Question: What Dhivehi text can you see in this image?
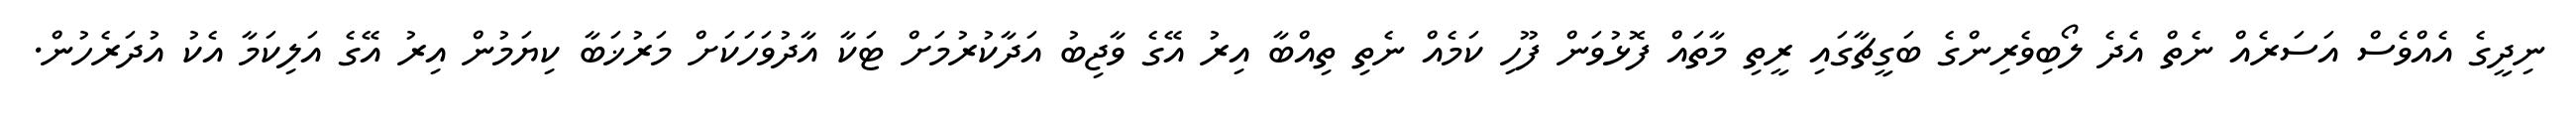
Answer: ނިދީގެ އެއްވެސް އަސަރެއް ނެތް އެދެ ލޯބިވެރިންގެ ބަގީޗާގައި ރީތި މާތައް ފޮޅުވަން ފޫހި ކަމެއް ނެތި ތިއްބާ އިރު އޭގެ ވާޖިބު އަދާކުރުމަށް ޓަކާ އާދުވަހަކަށް މަރުޚަބާ ކިޔަމުން އިރު އޭގެ އަލިކަމާ އެކު އުދަރެހުން.